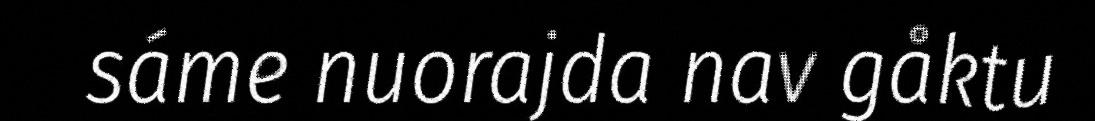
sáme nuorajda nav gåktu